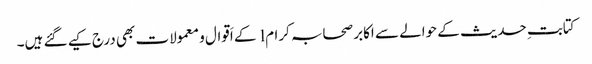
کتابتِ حدیث کے حوالے سے اکابر صحابہ کرام l کے اَقوال و معمولات بھی درج کیے گئے ہیں۔